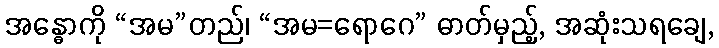
အန္ဓောကို “အမ”တည်၊ “အမ=ရောဂေ” ဓာတ်မှည့်, အဆုံးသရချေ,